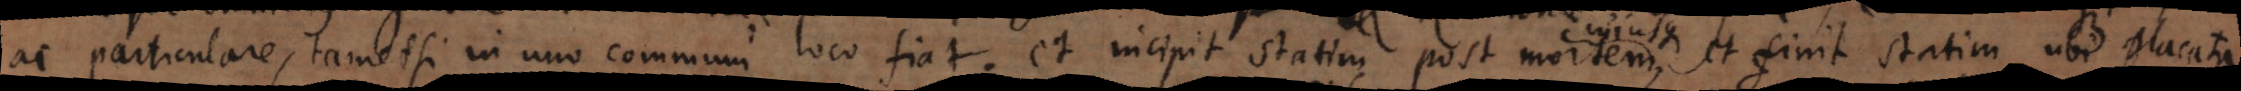
ac particulare, tametsi in uno communi loco fiat; et incipit statim post mortem, et finit statim ubi placata